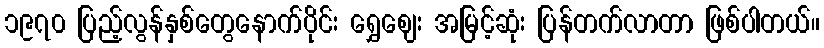
၁၉၇၀ ပြည့်လွန်နှစ်တွေနောက်ပိုင်း ရွှေဈေး အမြင့်ဆုံး ပြန်တက်လာတာ ဖြစ်ပါတယ်။